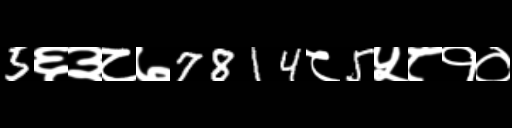
Text: 5६३८७7814८5५८१०